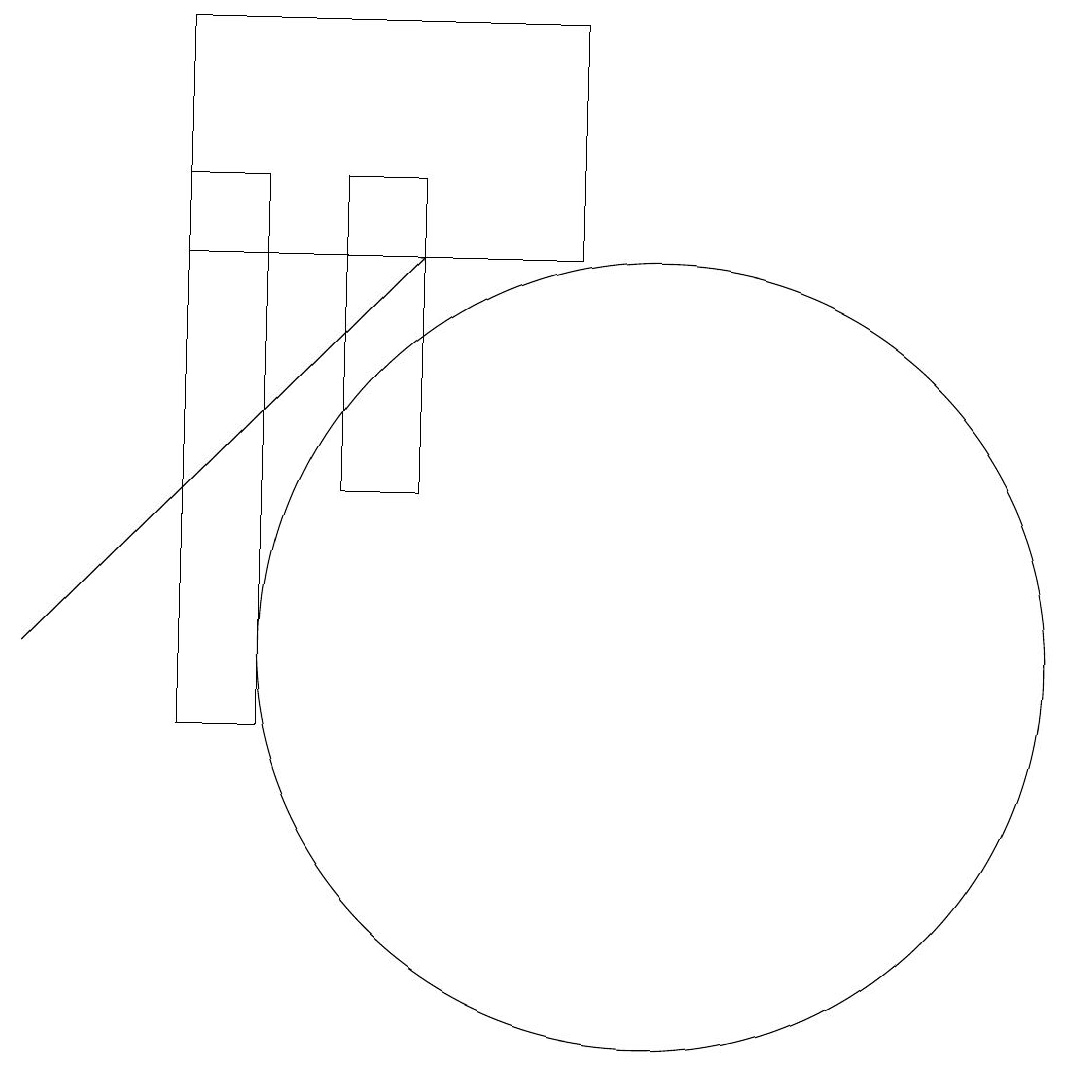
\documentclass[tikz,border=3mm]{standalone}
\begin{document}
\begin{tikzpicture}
\draw (5,17) rectangle (4,10);
\draw (7,13) rectangle (6,17);
\draw (4,16) rectangle (9,19);
\draw (10,11) circle (5);
\draw[->] (2,11) -- (7,16);
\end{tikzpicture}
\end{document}